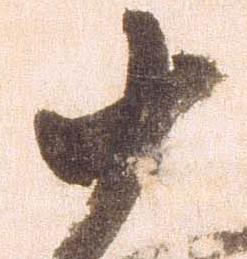
十